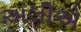
અલીએ